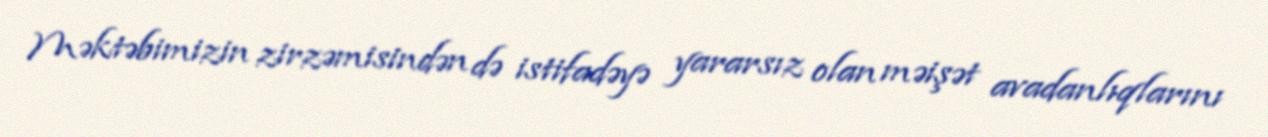
Məktəbimizin zirzəmisindən də istifadəyə yararsız olan məişət avadanlıqlarını